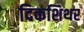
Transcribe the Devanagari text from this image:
दिकशिथर